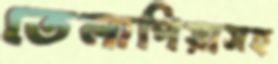
তেলাপিয়াসহ